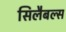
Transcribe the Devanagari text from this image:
सिलैबल्स